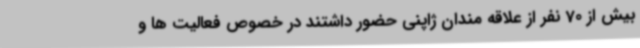
بیش از 70 نفر از علاقه مندان ژاپنی حضور داشتند در خصوص فعالیت ها و